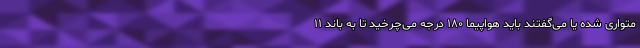
متواری شده یا می‌گفتند باید هواپیما ۱۸۰ درجه می‌چرخید تا به باند ۱۱